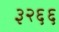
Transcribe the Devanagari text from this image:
३२६६